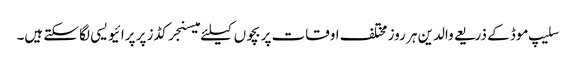
سلیپ موڈ کے ذریعے والدین ہر روز مختلف اوقات پر بچوں کیلئے میسنجر کڈز پر پرائیویسی لگا سکتے ہیں۔